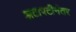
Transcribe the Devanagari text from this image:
झटापटीनंतर